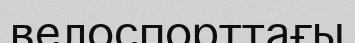
велоспорттағы